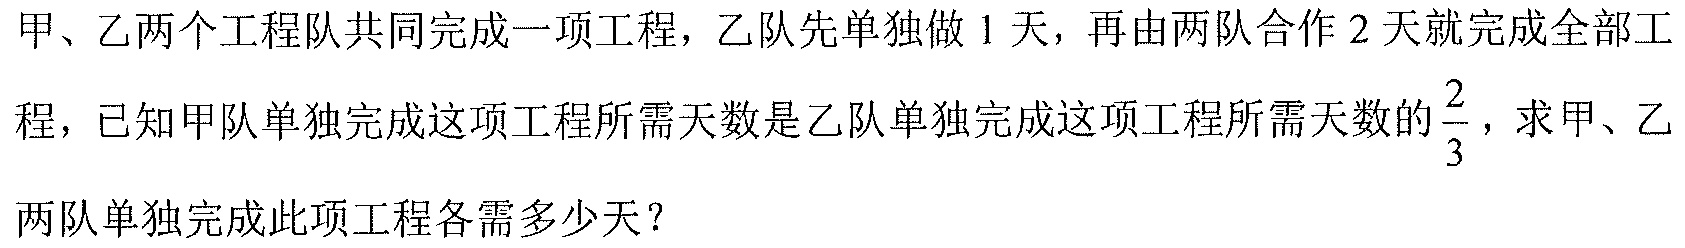
甲、乙两个工程队共同完成一项工程，乙队先单独做 \(1\) 天，再由两队合作 \(2\) 天就完成全部工程，已知甲队单独完成这项工程所需天数是乙队单独完成这项工程所需天数的 \(\frac{2}{3}\)，求甲、乙两队单独完成此项工程各需多少天？